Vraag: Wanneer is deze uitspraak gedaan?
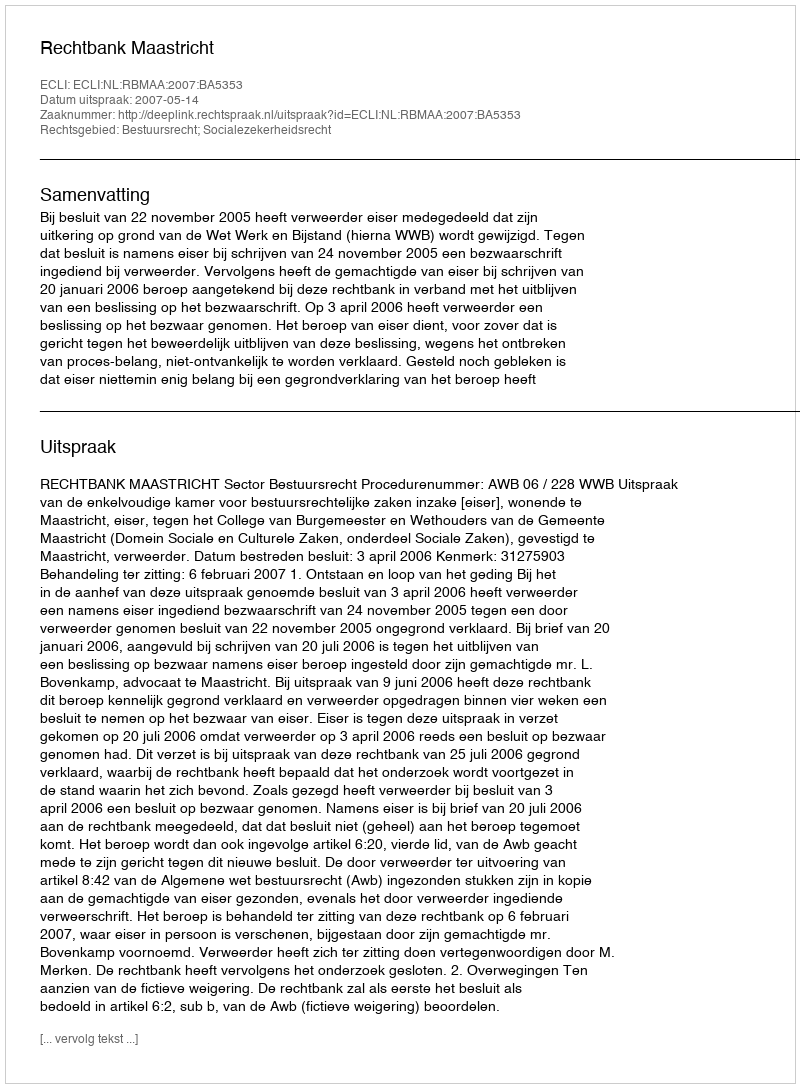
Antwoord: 2007-05-14